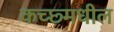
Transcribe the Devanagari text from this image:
कच्छ्मधील